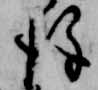
後